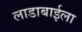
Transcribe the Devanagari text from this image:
लाडाबाईला